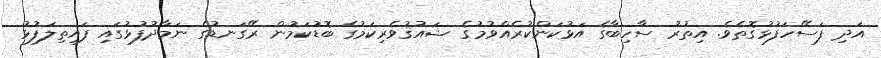
އަދި ފަސޭހަފުޅުގޮތެވެ. އިތުރު ސާހިބާގެ އަޅުކަންކުރެއްވުމުގެ ޝައުޤުވެރިކަމުގެ ބޮޑުކަމުން ރޭގަނޑުގެ ނަމާދުފުޅުގައި ފައިތިލަފުޅު